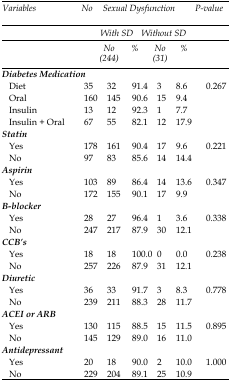
| Variables | No | <COLSPAN=4> Sexual Dysfunction | P-value |
 |  |  | <COLSPAN=2> With SD | <COLSPAN=2> Without SD |  |
 |  |  | No (244) | % | No (31) | % |  |
 | --- | --- | --- | --- | --- | --- | --- |
 | Diabetes Medication |  |  |  |  |  |  |
 | Diet | 35 | 32 | 91.4 | 3 | 8.6 | 0.267 |
 | Oral | 160 | 145 | 90.6 | 15 | 9.4 |  |
 | Insulin | 13 | 12 | 92.3 | 1 | 7.7 |  |
 | Insulin + Oral | 67 | 55 | 82.1 | 12 | 17.9 |  |
 | Statin |  |  |  |  |  |  |
 | Yes | 178 | 161 | 90.4 | 17 | 9.6 | 0.221 |
 | No | 97 | 83 | 85.6 | 14 | 14.4 |  |
 | Aspirin |  |  |  |  |  |  |
 | Yes | 103 | 89 | 86.4 | 14 | 13.6 | 0.347 |
 | No | 172 | 155 | 90.1 | 17 | 9.9 |  |
 | B-blocker |  |  |  |  |  |  |
 | Yes | 28 | 27 | 96.4 | 1 | 3.6 | 0.338 |
 | No | 247 | 217 | 87.9 | 30 | 12.1 |  |
 | CCB’s |  |  |  |  |  |  |
 | Yes | 18 | 18 | 100.0 | 0 | 0.0 | 0.238 |
 | No | 257 | 226 | 87.9 | 31 | 12.1 |  |
 | Diuretic |  |  |  |  |  |  |
 | Yes | 36 | 33 | 91.7 | 3 | 8.3 | 0.778 |
 | No | 239 | 211 | 88.3 | 28 | 11.7 |  |
 | ACEI or ARB |  |  |  |  |  |  |
 | Yes | 130 | 115 | 88.5 | 15 | 11.5 | 0.895 |
 | No | 145 | 129 | 89.0 | 16 | 11.0 |  |
 | Antidepressant |  |  |  |  |  |  |
 | Yes | 20 | 18 | 90.0 | 2 | 10.0 | 1.000 |
 | No | 229 | 204 | 89.1 | 25 | 10.9 |  |